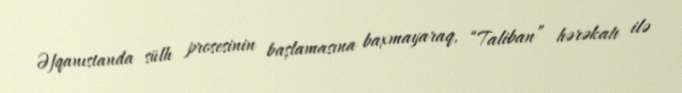
Əfqanıstanda sülh prosesinin başlamasına baxmayaraq, “Taliban” hərəkatı ilə